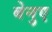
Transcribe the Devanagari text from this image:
बेनुए